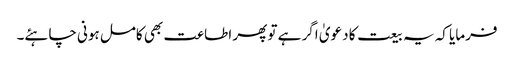
فرمایا کہ یہ بیعت کا دعویٰ اگر ہے تو پھر اطاعت بھی کامل ہونی چاہئے۔